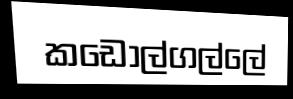
කඩොල්ගල්ලේ